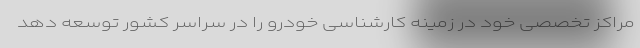
مراکز تخصصی خود در زمینه کارشناسی خودرو را در سراسر کشور توسعه دهد